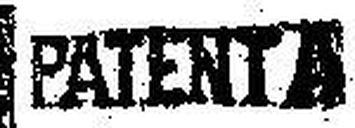
PATENT